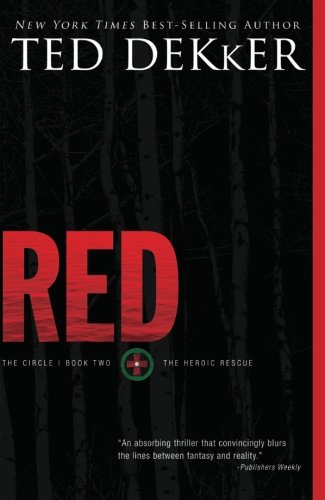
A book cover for Red (The Circle Series); Ted Dekker; Christian Books & Bibles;